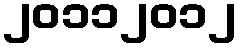
၂၀၁၁၂၀၁၂